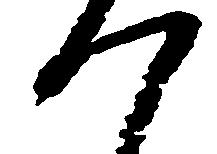
つ